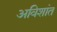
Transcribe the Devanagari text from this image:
अविशांत